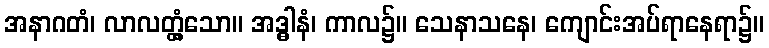
အနာဂတံ၊ လာလတ္တံ့သော။ အဒ္ဓါနံ၊ ကာလ၌။ သေနာသနေ၊ ကျောင်းအပ်ရာနေရာ၌။